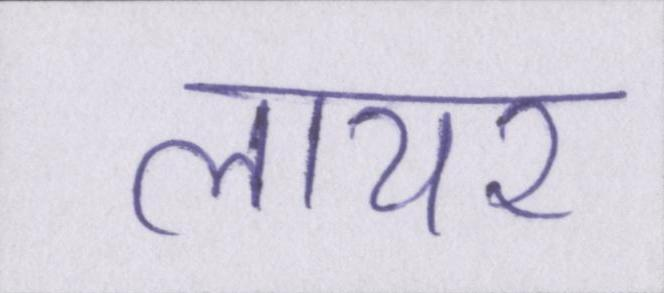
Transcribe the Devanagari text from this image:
लायर